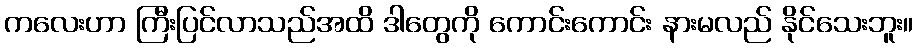
ကလေးဟာ ကြီးပြင်လာသည်အထိ ဒါတွေကို ကောင်းကောင်း နားမလည် နိုင်သေးဘူး။